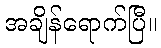
အချိန်ရောက်ပြီ။